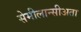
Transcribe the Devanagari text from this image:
सेमीलान्सीअता